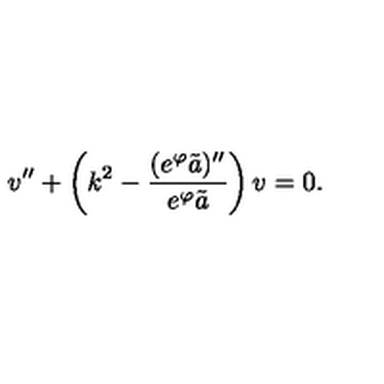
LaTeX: v ^ { \prime \prime } + \left( k ^ { 2 } - { \frac { ( e ^ { \varphi } \tilde { a } ) ^ { \prime \prime } } { e ^ { \varphi } \tilde { a } } } \right) v = 0 .